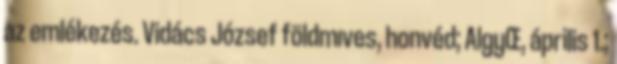
az emlékezés. Vidács József földmıves, honvéd; AlgyŒ, április 1.;